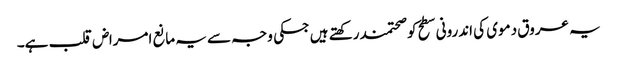
یہ عروق دموی کی اندرونی سطح کوصحتمند رکھتے ہیں جسکی وجہ سے یہ مانع امراض قلب ہے۔